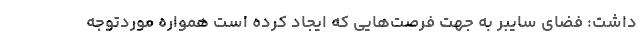
داشت: فضای سایبر به جهت فرصت‌هایی که ایجاد کرده است همواره موردتوجه